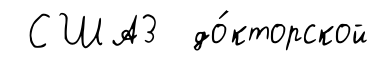
США3 до́кторской